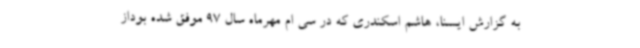
به گزارش ایسنا، هاشم اسکندری که در سی ام مهرماه سال 97 موفق شده بوداز